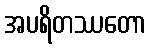
အပရိတဿတော